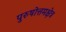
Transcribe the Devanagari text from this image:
पुरुषोत्तमक्षेत्र